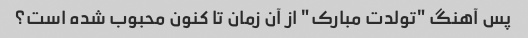
پس آهنگ "تولدت مبارک" از آن زمان تا کنون محبوب شده است؟